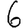
Digit: 6